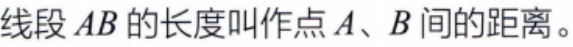
线段 \(AB\) 的长度叫作点 \(A、B\) 间的距离。